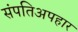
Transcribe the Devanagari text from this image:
संपतिअपहार